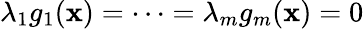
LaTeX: \lambda_{1}g_{1}(\mathbf{x})=\cdots=\lambda_{m}g_{m}(\mathbf{x})=0